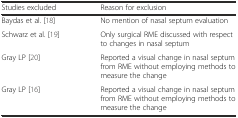
| Studies excluded | Reason for exclusion |
 | --- | --- |
 | Baydas et al. [18] | No mention of nasal septum evaluation |
 | Schwarz et al. [19] | Only surgical RME discussed with respect to changes in nasal septum |
 | Gray LP [20] | Reported a visual change in nasal septum from RME without employing methods to measure the change |
 | Gray LP [16] | Reported a visual change in nasal septum from RME without employing methods to measure the change |